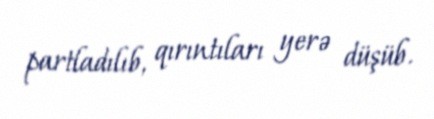
partladılıb, qırıntıları yerə düşüb.